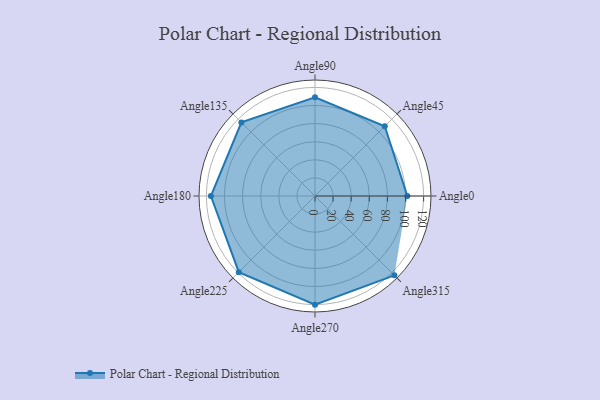
{"axis": {"x": "Angle", "y": "Radius"}, "legend": [""], "data": [{"x": "Angle0", "y": 102.0, "type": ""}, {"x": "Angle45", "y": 109.0, "type": ""}, {"x": "Angle90", "y": 109.0, "type": ""}, {"x": "Angle135", "y": 115.0, "type": ""}, {"x": "Angle180", "y": 115.0, "type": ""}, {"x": "Angle225", "y": 119.0, "type": ""}, {"x": "Angle270", "y": 120.0, "type": ""}, {"x": "Angle315", "y": 124.0, "type": ""}]}